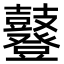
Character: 鼟